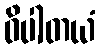
ဝိပါတယံ